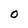
Character: o